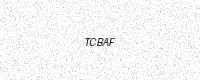
Text: TCBAF